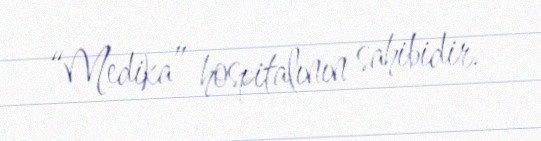
“Medika” hospitalının sahibidir.